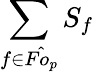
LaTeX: \sum_{f\in\hat{Fo_{p}}}S_{f}